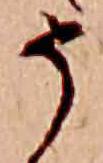
そ